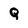
Character: Q